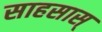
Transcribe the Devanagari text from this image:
साहसास्